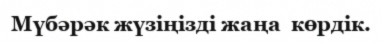
Мүбәрәк жүзіңізді жаңа  көрдік.